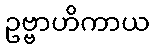
ဥဗ္ဗာဟိကာယ